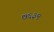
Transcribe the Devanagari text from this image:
७६३९